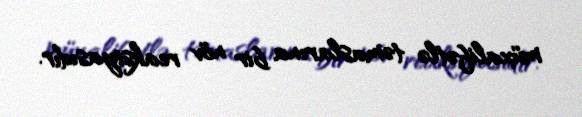
müxalifətlə təmaslarına bir növ reaksiyasıdır.